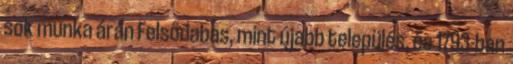
sok munka árán Felsődabas, mint újabb település, és 1793-ban